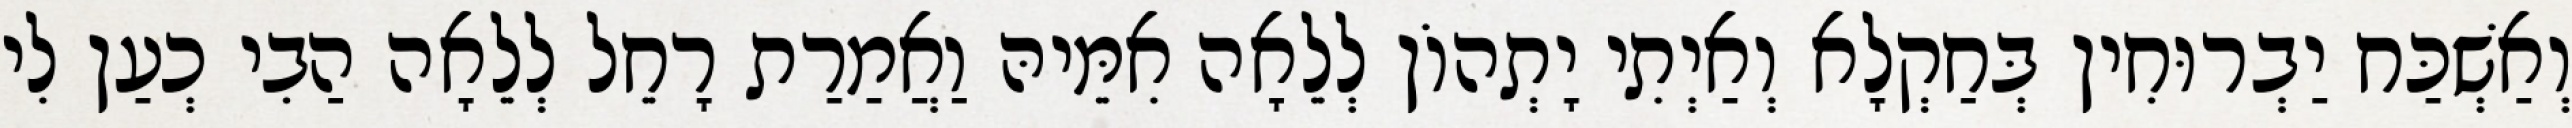
וְאַשְׁכַּח יַבְרוּחִין בְּחַקְלָא וְאַיְתִי יָתְהוֹן לְלֵאָה אִמֵּיהּ וַאֲמַרַת רָחֵל לְלֵאָה הַבִי כְעַן לִי